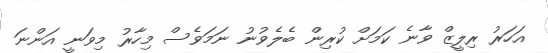
އަހަރު ރިލީޒް ވާނެ ކަމަށް ކުރިން ބެލެވުނު ނަމަވެސް މިހާރު މިވަނީ އަންނަ